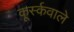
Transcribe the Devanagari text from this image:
कूर्स्कवाले